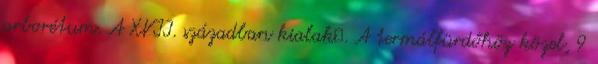
arborétum. A XVII. században kialak�. A termálfürdőhöz közel, 9